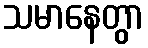
သမာနေတွာ